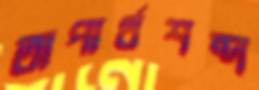
অপার্থশব্দ